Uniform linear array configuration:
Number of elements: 8
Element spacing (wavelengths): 0.5
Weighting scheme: cosine
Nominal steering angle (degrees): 45
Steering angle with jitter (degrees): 45.454
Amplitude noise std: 0.05
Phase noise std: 0.05

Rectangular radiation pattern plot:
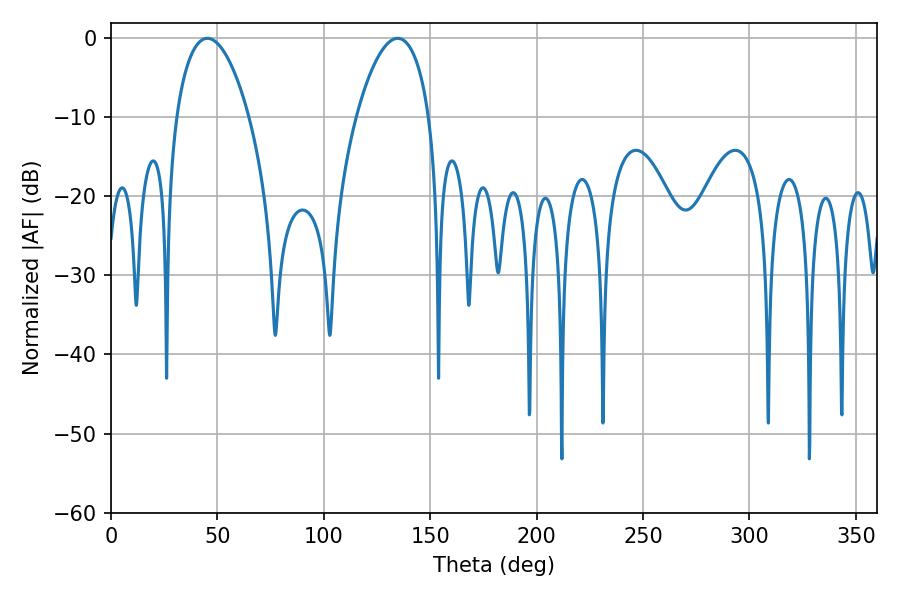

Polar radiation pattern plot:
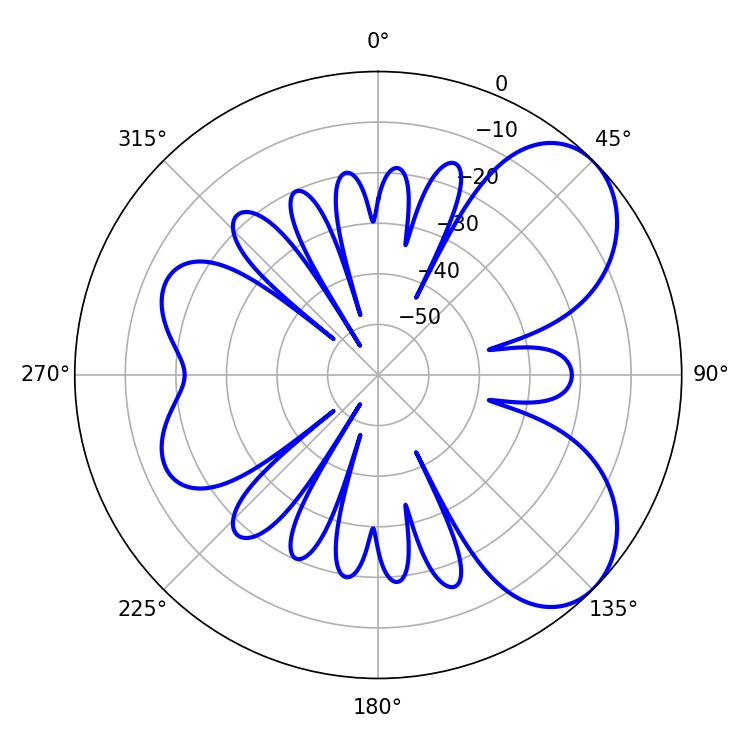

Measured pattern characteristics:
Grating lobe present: FALSE
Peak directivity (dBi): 6.167
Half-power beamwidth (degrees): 19.08
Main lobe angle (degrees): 45.36